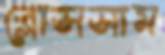
ব্লোসসাম